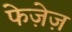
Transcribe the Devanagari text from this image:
फेज़ेज़